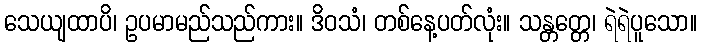
သေယျထာပိ၊ ဥပမာမည်သည်ကား။ ဒိဝသံ၊ တစ်နေ့ပတ်လုံး။ သန္တတ္တေ၊ ရဲရဲပူသော။